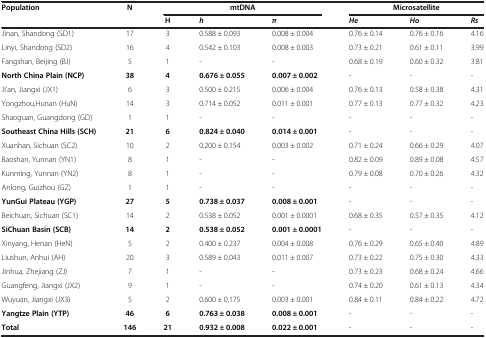
<table><thead><tr><td><b>Population</b></td><td><b>N</b></td><td colspan="3"><b>mtDNA</b></td><td colspan="3"><b>Microsatellite</b></td></tr><tr><td><b> </b></td><td><b> </b></td><td><b>H</b></td><td><b><i>h</i></b></td><td><b><i>π</i></b></td><td><b><i>He</i></b></td><td><b><i>Ho</i></b></td><td><b><i>Rs</i></b></td></tr></thead><tbody><tr><td>Jinan, Shandong (SD1)</td><td>17</td><td>3</td><td>0.588 ± 0.093</td><td>0.008 ± 0.004</td><td>0.76 ± 0.14</td><td>0.76 ± 0.16</td><td>4.16</td></tr><tr><td>Linyi, Shandong (SD2)</td><td>16</td><td>4</td><td>0.542 ± 0.103</td><td>0.008 ± 0.003</td><td>0.73 ± 0.21</td><td>0.61 ± 0.11</td><td>3.99</td></tr><tr><td>Fangshan, Beijing (BJ)</td><td>5</td><td>1</td><td>-</td><td>-</td><td>0.68 ± 0.19</td><td>0.60 ± 0.32</td><td>3.81</td></tr><tr><td><b>North China Plain </b><b>(NCP)</b></td><td><b>38</b></td><td><b>4</b></td><td><b>0.676 ± 0.055</b></td><td><b>0.007 ± 0.002</b></td><td>-</td><td>-</td><td>-</td></tr><tr><td>Ji’an, Jiangxi (JX1)</td><td>6</td><td>3</td><td>0.500 ± 0.215</td><td>0.006 ± 0.004</td><td>0.76 ± 0.13</td><td>0.58 ± 0.38</td><td>4.31</td></tr><tr><td>Yongzhou,Hunan (HuN)</td><td>14</td><td>3</td><td>0.714 ± 0.052</td><td>0.011 ± 0.001</td><td>0.77 ± 0.13</td><td>0.77 ± 0.32</td><td>4.23</td></tr><tr><td>Shaoguan, Guangdong (GD)</td><td>1</td><td>1</td><td>-</td><td>-</td><td>-</td><td>-</td><td>-</td></tr><tr><td><b>Southeast China Hills </b><b>(SCH)</b></td><td><b>21</b></td><td><b>6</b></td><td><b>0.824 ± 0.040</b></td><td><b>0.014 ± 0.001</b></td><td>-</td><td>-</td><td>-</td></tr><tr><td>Xuanhan, Sichuan (SC2)</td><td>10</td><td>2</td><td>0.200 ± 0.154</td><td>0.003 ± 0.002</td><td>0.71 ± 0.24</td><td>0.66 ± 0.29</td><td>4.07</td></tr><tr><td>Baoshan, Yunnan (YN1)</td><td>8</td><td>1</td><td>-</td><td>-</td><td>0.82 ± 0.09</td><td>0.89 ± 0.08</td><td>4.57</td></tr><tr><td>Kunming, Yunnan (YN2)</td><td>8</td><td>1</td><td>-</td><td>-</td><td>0.79 ± 0.08</td><td>0.70 ± 0.26</td><td>4.32</td></tr><tr><td>Anlong, Guizhou (GZ)</td><td>1</td><td>1</td><td>-</td><td>-</td><td>-</td><td>-</td><td>-</td></tr><tr><td><b>YunGui Plateau </b><b>(YGP)</b></td><td><b>27</b></td><td><b>5</b></td><td><b>0.738 ± 0.037</b></td><td><b>0.008 ± 0.001</b></td><td>-</td><td>-</td><td>-</td></tr><tr><td>Beichuan, Sichuan (SC1)</td><td>14</td><td>2</td><td>0.538 ± 0.052</td><td>0.001 ± 0.0001</td><td>0.68 ± 0.35</td><td>0.57 ± 0.35</td><td>4.12</td></tr><tr><td><b>SiChuan Basin </b><b>(SCB)</b></td><td><b>14</b></td><td><b>2</b></td><td><b>0.538 ± 0.052</b></td><td><b>0.001 ± 0.0001</b></td><td>-</td><td>-</td><td>-</td></tr><tr><td>Xinyang, Henan (HeN)</td><td>5</td><td>2</td><td>0.400 ± 0.237</td><td>0.004 ± 0.008</td><td>0.76 ± 0.29</td><td>0.65 ± 0.40</td><td>4.89</td></tr><tr><td>Liushun, Anhui (AH)</td><td>20</td><td>3</td><td>0.589 ± 0.043</td><td>0.011 ± 0.007</td><td>0.73 ± 0.22</td><td>0.75 ± 0.30</td><td>4.33</td></tr><tr><td>Jinhua, Zhejiang (ZJ)</td><td>7</td><td>1</td><td>-</td><td>-</td><td>0.73 ± 0.23</td><td>0.68 ± 0.24</td><td>4.66</td></tr><tr><td>Guangfeng, Jiangxi (JX2)</td><td>9</td><td>1</td><td>-</td><td>-</td><td>0.74 ± 0.20</td><td>0.61 ± 0.13</td><td>4.34</td></tr><tr><td>Wuyuan, Jiangxi (JX3)</td><td>5</td><td>2</td><td>0.600 ± 0.175</td><td>0.003 ± 0.001</td><td>0.84 ± 0.11</td><td>0.84 ± 0.22</td><td>4.72</td></tr><tr><td><b>Yangtze Plain </b><b>(YTP)</b></td><td><b>46</b></td><td><b>6</b></td><td><b>0.763 ± 0.038</b></td><td><b>0.008 ± 0.001</b></td><td>-</td><td>-</td><td>-</td></tr><tr><td><b>Total</b></td><td><b>146</b></td><td><b>21</b></td><td><b>0.932 ± 0.008</b></td><td><b>0.022 ± 0.001</b></td><td>-</td><td>-</td><td>-</td></tr></tbody></table>